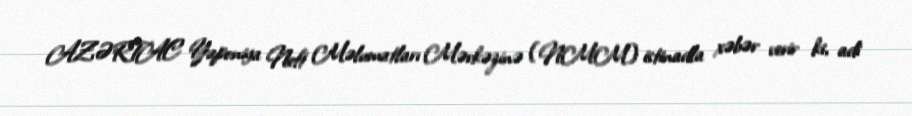
AZƏRTAC Yaponiya Neft Məlumatları Mərkəzinə (NMM) istinadla xəbər verir ki, adi